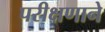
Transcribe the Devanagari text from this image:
परीक्षणाने